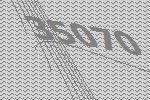
35070